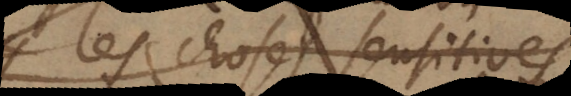
les choses sensitives